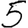
Digit: 5